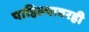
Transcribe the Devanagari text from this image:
पाहिल्यावरही